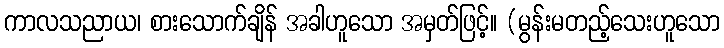
ကာလသညာယ၊ စားသောက်ချိန် အခါဟူသော အမှတ်ဖြင့်။ (မွန်းမတည့်သေးဟူသော